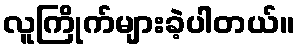
လူကြိုက်များခဲ့ပါတယ်။